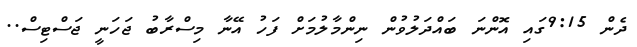
ދެން 9:15ގައި އޮންނަ ބައްދަލުވުން ނިންމާލުމަށް ފަހު އޭނާ މިސްރާބު ޖަހަނީ ޖަސްޓިސް..